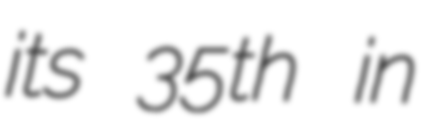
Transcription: its 35th in